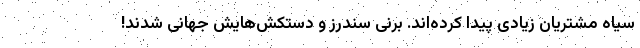
سیاه مشتریان زیادی پیدا کرده‌اند. برنی سندرز و دستکش‌هایش جهانی شدند!